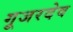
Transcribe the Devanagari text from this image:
गूजरदेव